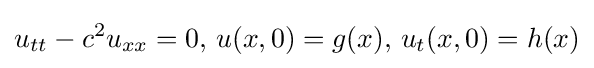
u_{tt}-c^{2}u_{xx}=0,\,u(x,0)=g(x),\,u_{t}(x,0)=h(x)